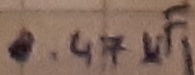
Text: 0.47µF